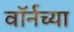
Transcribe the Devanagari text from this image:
वॉर्नच्या